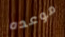
موعده